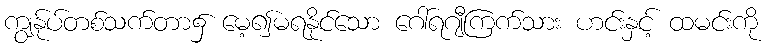
ကျွန်ုပ်တစ်သက်တာ၌ မေ့၍မရနိုင်သော ဂေါ်ရဂျီကြက်သား ဟင်းနှင့် ထမင်းကို